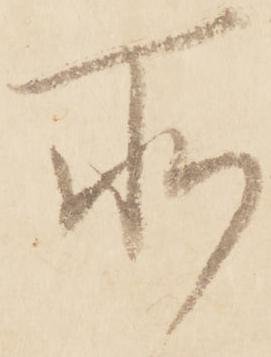
所